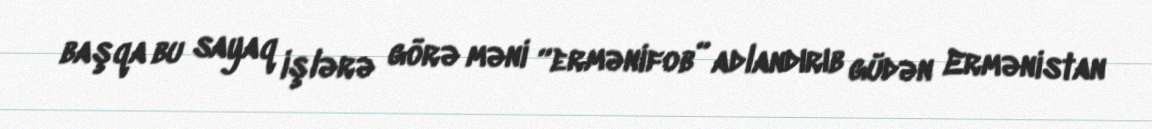
başqa bu sayaq işlərə görə məni “ermənifob” adlandırıb güdən Ermənistan